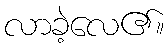
လာခဲ့လေ၏။